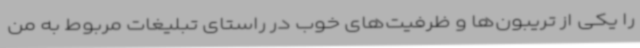
را یکی از تریبون‌ها و ظرفیت‌های خوب در راستای تبلیغات مربوط به من